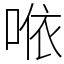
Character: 𠵱